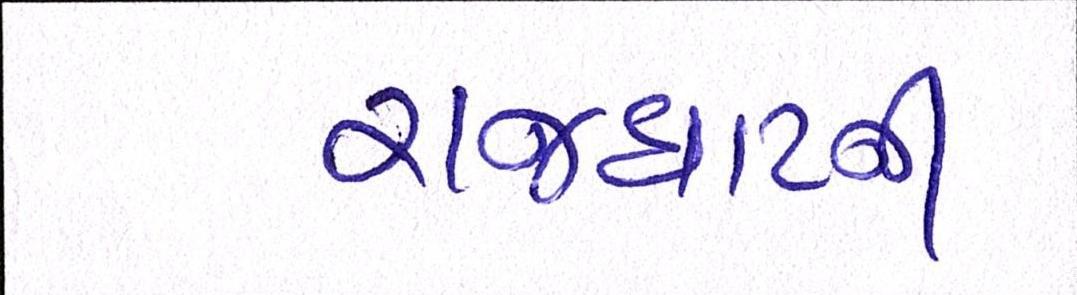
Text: રાજઘાટની